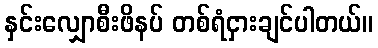
နှင်းလျှောစီးဖိနပ် တစ်ရံငှားချင်ပါတယ်။